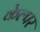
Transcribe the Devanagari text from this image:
केल्पर